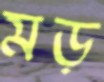
মড়